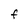
Character: F